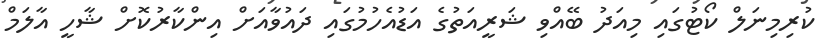
ކުރިމިނަލް ކޯޓުގައި މިއަދު ބޭއްވި ޝަރީއަތުގެ އަޑުއެހުމުގައި ދައުވާއަށް އިންކާރުކޮށް ޝާހީ އާލަމް